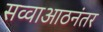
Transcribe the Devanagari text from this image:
सव्वाआठनंतर